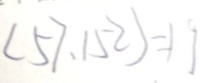
( 5 7 , 1 5 2 ) = 1 9